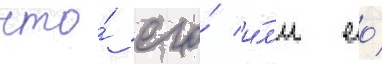
что́ его́ и́л'и ео́